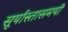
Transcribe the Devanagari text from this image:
सूर्यास्तासमयी